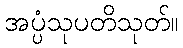
အပ္ပံသုပတိသုတ်။